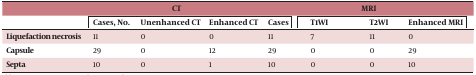
|  | <COLSPAN=4> CT | <COLSPAN=3> MRI |
 |  | Cases, No. | Unenhanced CT | Enhanced CT | Cases | T1WI | T2WI | Enhanced MRI |
 | --- | --- | --- | --- | --- | --- | --- | --- |
 | Liquefaction necrosis | 11 | 0 | 0 | 11 | 7 | 11 | 0 |
 | Capsule | 29 | 0 | 12 | 29 | 0 | 0 | 29 |
 | Septa | 10 | 0 | 1 | 10 | 0 | 0 | 10 |